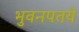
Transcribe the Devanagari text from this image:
भुवनपतये